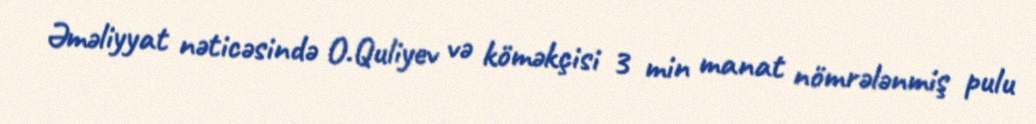
Əməliyyat nəticəsində O.Quliyev və köməkçisi 3 min manat nömrələnmiş pulu